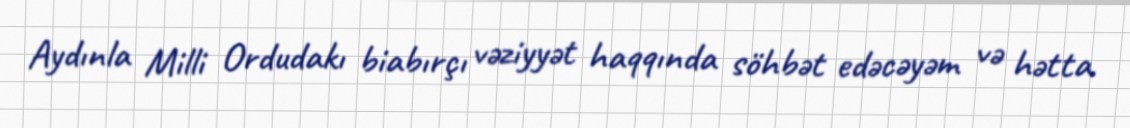
Aydınla Milli Ordudakı biabırçı vəziyyət haqqında söhbət edəcəyəm və hətta